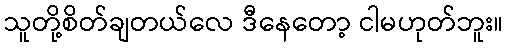
သူတို့စိတ်ချတယ်လေ ဒီနေတော့ ငါမဟုတ်ဘူး။